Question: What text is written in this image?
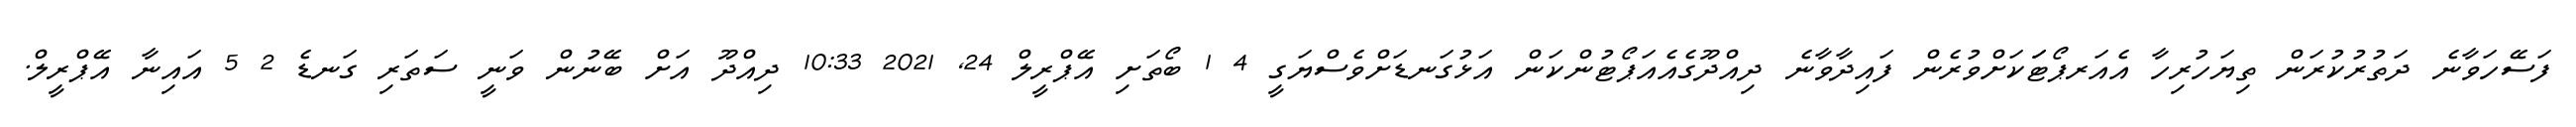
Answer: ފަސޭހަވާނެ ދަތުރުކުރަން ތިޔަހުރިހާ އެއަރޕޯޓަަކަށްވުރެން ފައިދާވާނެ ދިއްދޫގެއެއަޕޯޓުންކަން އަޅުގަނޑަށްވެސްޔަގީ 4 1 ބޯތަށި އޭޕްރީލް 24, 2021 10:33 ދިއްދޫ އަށް ބޭނުން ވަނީ ސަތަރި ގަނޑެ 2 5 އައިނާ އޭޕްރީލް.